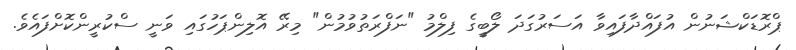
ޕްރޮޑަކްޝަނުން އުފައްދާފައިވާ އަސަރުގަދަ ލޯބީގެ ފިލްމު "ނަފްރަތުވުމުން" މިރޭ އޮލިންޕަހުގައި ވަނީ ސްކުރީންކޮށްފައެވެ.